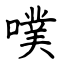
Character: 噗